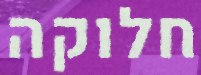
חלוקה